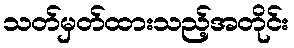
သတ်မှတ်ထားသည့်အတိုင်း